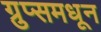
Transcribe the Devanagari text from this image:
ग्रुप्समधून